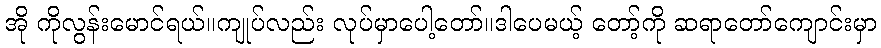
အို ကိုလွန်းမောင်ရယ်။ကျုပ်လည်း လုပ်မှာပေါ့တော်။ဒါပေမယ့် တော့်ကို ဆရာတော်ကျောင်းမှာ